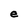
Character: e